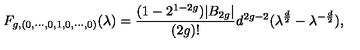
F _ { g , ( 0 , \cdots , 0 , 1 , 0 , \cdots , 0 ) } ( \lambda ) = { \frac { ( 1 - 2 ^ { 1 - 2 g } ) | B _ { 2 g } | } { ( 2 g ) ! } } d ^ { 2 g - 2 } ( \lambda ^ { \frac { d } { 2 } } - \lambda ^ { - { \frac { d } { 2 } } } ) ,